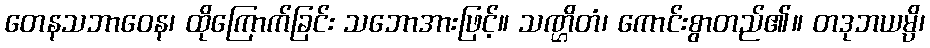
တေနသဘာဝေန၊ ထိုကြောက်ခြင်း သဘောအားဖြင့်။ သဏ္ဌိတံ၊ ကောင်းစွာတည်၏။ တဒုဘယမ္ပိ၊